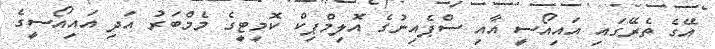
އޭގެ ތެރޭގައި އައިއޯސީ އާއި ސްޕެއިނުގެ އޮލިމްޕިކް ކޮމިޓީގެ މެމްބަރު އަދި އައިއޯސީގެ